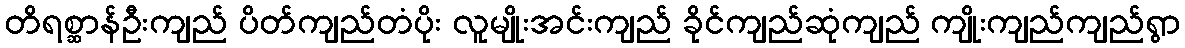
တိရစ္ဆာန်ဦးကျည် ပိတ်ကျည်တံပိုး လူမျိုးအင်းကျည် ခိုင်ကျည်ဆုံကျည် ကျိုးကျည်ကျည်ရွာ